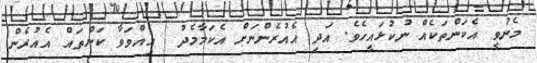
މެނުވީ އެކަންތަކެއް ނުކުޅައީހެވެ. އަދި އެއުރެންނަށް އެކަމާމެދު  އިއްވަވާ ކަންތައް އެއުރެން